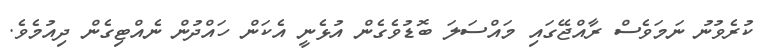
ކުރެވުނު ނަމަވެސް ރާއްޖޭގައި މައްސަލަ ބޮޑުވެގެން އުޅެނީ އެކަން ހައްދުން ނެއްޓިގެން ދިއުމެވެ.